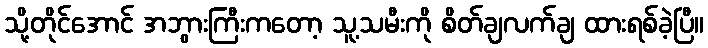
သို့တိုင်အောင် အဘွားကြီးကတော့ သူ့သမီးကို စိတ်ချလက်ချ ထားရစ်ခဲ့ပြီ။